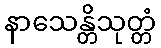
နာသေန္တိသုတ္တံ